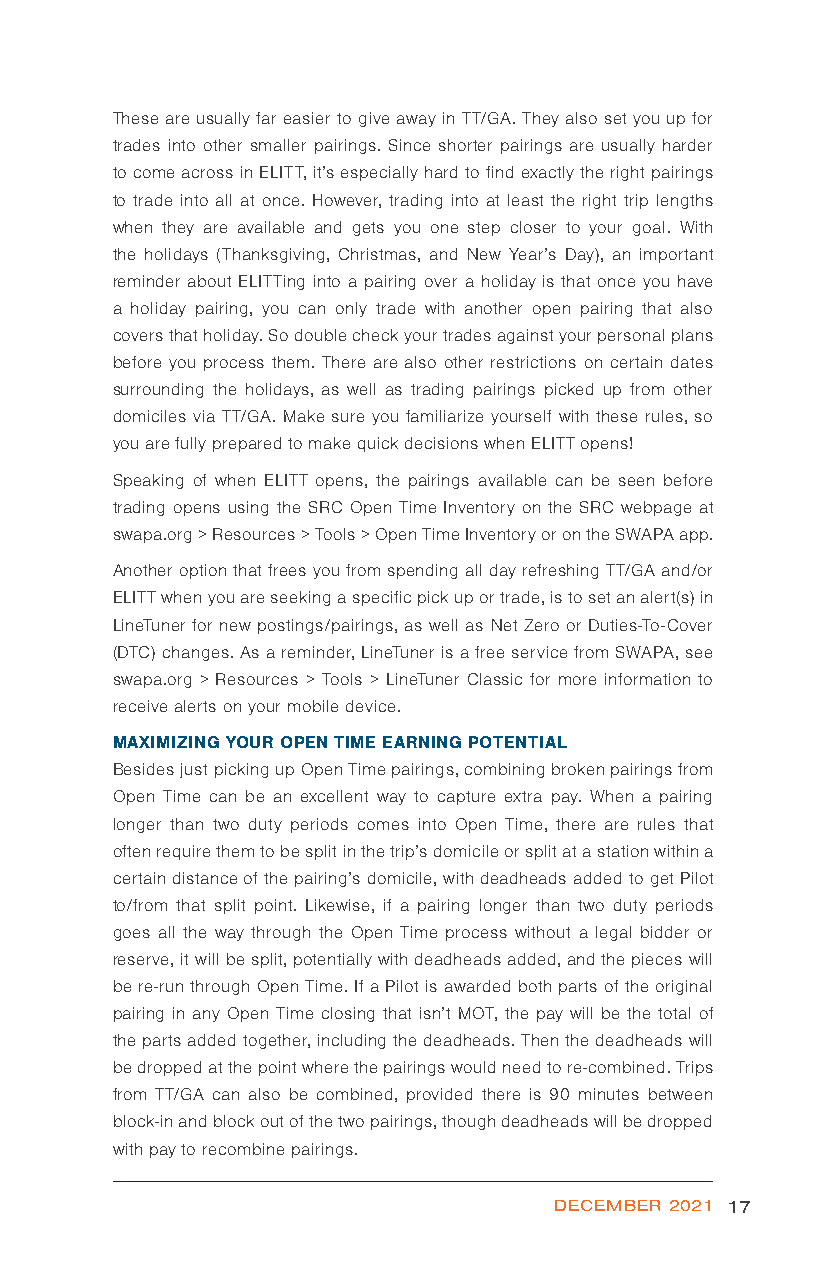
These are usually far easier to give away in TT/GA. They also set you up for
 trades into other smaller pairings. Since shorter pairings are usually harder
 to come across in ELITT, it’s especially hard to find exactly the right pairings
 to trade into all at once. However, trading into at least the right trip lengths
 when they are available and gets you one step closer to your goal. With
 the holidays (Thanksgiving, Christmas, and New Year’s Day), an important
 reminder about ELITTing into a pairing over a holiday is that once you have
 a holiday pairing, you can only trade with another open pairing that also
 covers that holiday. So double check your trades against your personal plans
 before you process them. There are also other restrictions on certain dates
 surrounding the holidays, as well as trading pairings picked up from other
 domiciles via TT/GA. Make sure you familiarize yourself with these rules, so
 you are fully prepared to make quick decisions when ELITT opens!
 Speaking of when ELITT opens, the pairings available can be seen before
 trading opens using the SRC Open Time Inventory on the SRC webpage at
 swapa.org > Resources > Tools > Open Time Inventory or on the SWAPA app.
 Another option that frees you from spending all day refreshing TT/GA and/or
 ELITT when you are seeking a specific pick up or trade, is to set an alert(s) in
 LineTuner for new postings/pairings, as well as Net Zero or Duties-To-Cover
 (DTC) changes. As a reminder, LineTuner is a free service from SWAPA, see
 swapa.org > Resources > Tools > LineTuner Classic for more information to
 receive alerts on your mobile device.
 MAXIMIZING YOUR OPEN TIME EARNING POTENTIAL
 Besides just picking up Open Time pairings, combining broken pairings from
 Open Time can be an excellent way to capture extra pay. When a pairing
 longer than two duty periods comes into Open Time, there are rules that
 often require them to be split in the trip’s domicile or split at a station within a
 certain distance of the pairing’s domicile, with deadheads added to get Pilot
 to/from that split point. Likewise, if a pairing longer than two duty periods
 goes all the way through the Open Time process without a legal bidder or
 reserve, it will be split, potentially with deadheads added, and the pieces will
 be re-run through Open Time. If a Pilot is awarded both parts of the original
 pairing in any Open Time closing that isn’t MOT, the pay will be the total of
 the parts added together, including the deadheads. Then the deadheads will
 be dropped at the point where the pairings would need to re-combined. Trips
 from TT/GA can also be combined, provided there is 90 minutes between
 block-in and block out of the two pairings, though deadheads will be dropped
 with pay to recombine pairings.
 DECEMBER 2021 17